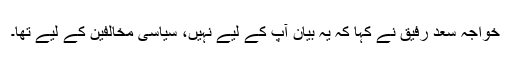
خواجہ سعد رفیق نے کہا کہ یہ بیان آپ کے لیے نہیں، سیاسی مخالفین کے لیے تھا۔